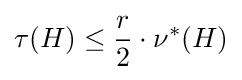
\tau (H)\leq {\frac {r}{2}}\cdot \nu ^{*}(H)